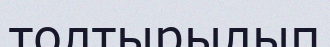
толтырылып